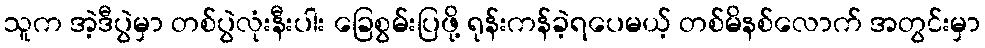
သူက အဲ့ဒီပွဲမှာ တစ်ပွဲလုံးနီးပါး ခြေစွမ်းပြဖို့ ရုန်းကန်ခဲ့ရပေမယ့် တစ်မိနစ်လောက် အတွင်းမှာ